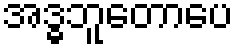
အဒ္ဓဘူတောပေ